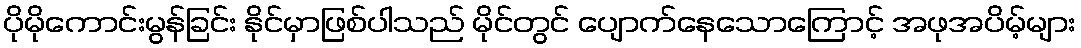
ပိုမိုကောင်းမွန်ခြင်း နိုင်မှာဖြစ်ပါသည် မိုင်တွင် ပျောက်နေသောကြောင့် အဖုအပိမ့်များ